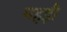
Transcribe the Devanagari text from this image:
महड़ी